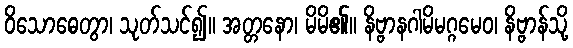
ဝိသောဓေတွာ၊ သုတ်သင်၍။ အတ္တနော၊ မိမိ၏။ နိဗ္ဗာနဂါမိမဂ္ဂမေဝ၊ နိဗ္ဗာန်သို့